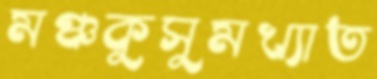
মঞ্চকুসুমখ্যাত